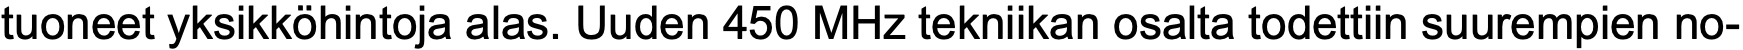
tuoneet yksikköhintoja alas. Uuden 450 MHz tekniikan osalta todettiin suurempien no-